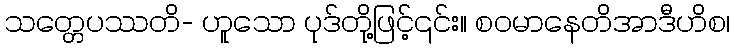
သတ္တေပဿတိ- ဟူသော ပုဒ်တို့ဖြင့်၎င်း။ စဝမာနေတိအာဒီဟိစ၊